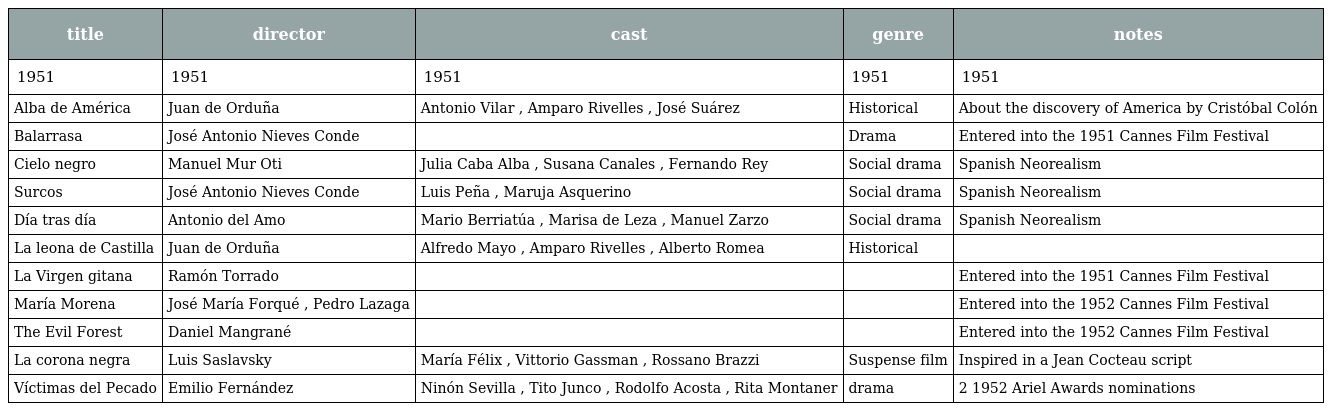
| title | director | cast | genre | notes |
 | --- | --- | --- | --- | --- |
 | 1951 | 1951 | 1951 | 1951 | 1951 |
 | Alba de América | Juan de Orduña | Antonio Vilar , Amparo Rivelles , José Suárez | Historical | About the discovery of America by Cristóbal Colón |
 | Balarrasa | José Antonio Nieves Conde |  | Drama | Entered into the 1951 Cannes Film Festival |
 | Cielo negro | Manuel Mur Oti | Julia Caba Alba , Susana Canales , Fernando Rey | Social drama | Spanish Neorealism |
 | Surcos | José Antonio Nieves Conde | Luis Peña , Maruja Asquerino | Social drama | Spanish Neorealism |
 | Día tras día | Antonio del Amo | Mario Berriatúa , Marisa de Leza , Manuel Zarzo | Social drama | Spanish Neorealism |
 | La leona de Castilla | Juan de Orduña | Alfredo Mayo , Amparo Rivelles , Alberto Romea | Historical |  |
 | La Virgen gitana | Ramón Torrado |  |  | Entered into the 1951 Cannes Film Festival |
 | María Morena | José María Forqué , Pedro Lazaga |  |  | Entered into the 1952 Cannes Film Festival |
 | The Evil Forest | Daniel Mangrané |  |  | Entered into the 1952 Cannes Film Festival |
 | La corona negra | Luis Saslavsky | María Félix , Vittorio Gassman , Rossano Brazzi | Suspense film | Inspired in a Jean Cocteau script |
 | Víctimas del Pecado | Emilio Fernández | Ninón Sevilla , Tito Junco , Rodolfo Acosta , Rita Montaner | drama | 2 1952 Ariel Awards nominations |